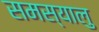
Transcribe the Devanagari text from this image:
समस्यालु